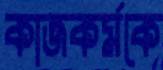
কাজকর্মকে